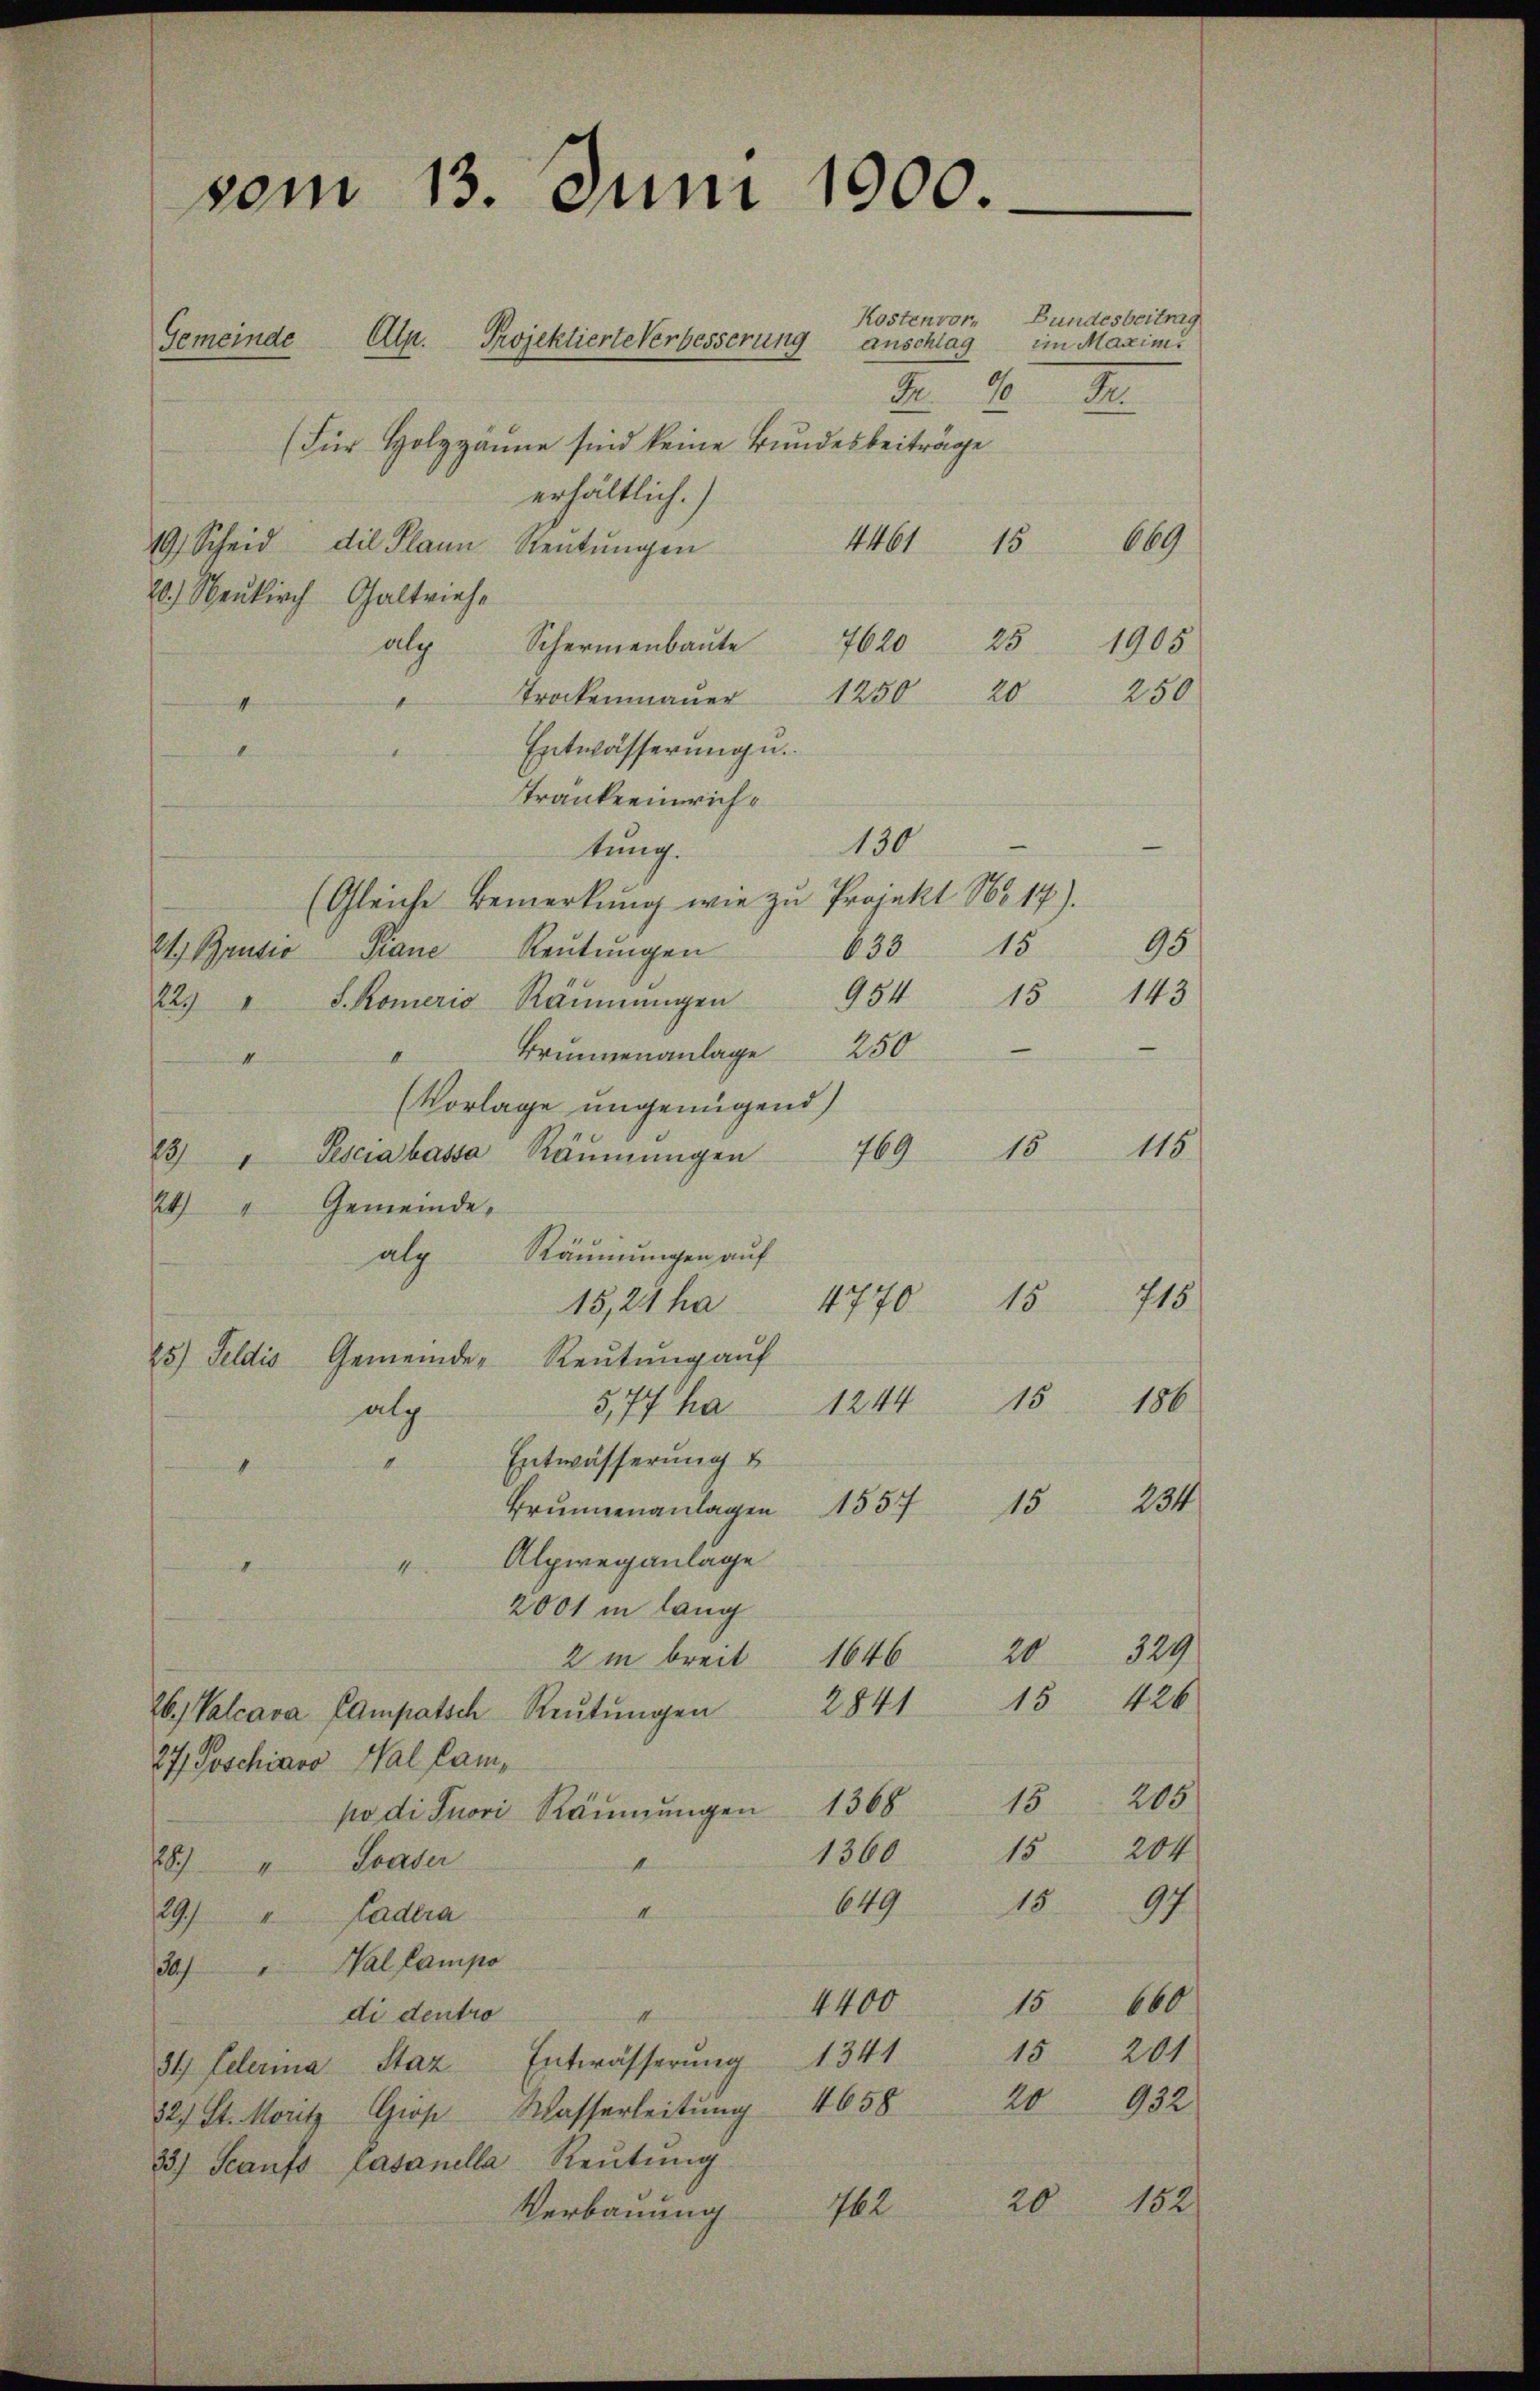
vom 13. Juni 1900.
Kostenvor¬
Gemeinde Alp. Projektierte Verbesserung anschlag im Maximis

Bundesbeitrag

In 10 M.
(Für Holzzäune sind keine Bundesbeiträge
erhältlich.)
669
4461 15
19 Scheid die Plann, Reŭtŭngen
20.) Neukirch Galtrieh
25.
7620
1905
alz Schermenbaute
20
250
Trockenmauer 1250
4
Entwässerung.
I
Tränkeeinrich¬
130
tung.
(Gleiche Bemerkung wie zu Projekt No 17).
95
633 15
2t Gautio Piane Reutungen
143
15
22. " S. Komerio Räŭmŭngen 954
Brunnenanlage 250
I
M
(Vorlage ungenügend
15.
115
169
23) " Pesciabassa Räŭmŭngen
24) " Gemeinde,
alg Räumungen auf
715
16.
1770
15,24 ha
25.) Feldis Gemeinde- Reutung auf
15
186
5,77 ha 1244
alg
Entwässerung u
1
234
15
Brunnenanlagen 1557
Alpwreganlage
4
4
2001 in lang
329
20
1646
2 m breit
26. Valcava Campatsch Reŭtŭngen 2841 15 426
27 Poschiaro Mal kam,
po di fuori Räŭmŭngen 1368 15 205
204
15
1360
28.) " Grader
649
1597
I
29.) " Hadera
30.) " Wal Campo
4400
15660
di dentro
nicht
15
201
34 Celerina Staz Entwässerung 1341
20 932
82) St. Moritz Groß Wasserleitung 4658
35.) Seaufs Casanella Reŭtŭng
20
182
162
Verbauung